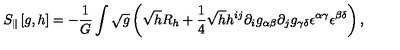
S _ { \| } \left[ g , h \right] = - { \frac { 1 } { G } } \int \sqrt g \left( \sqrt h R _ { h } + { \frac { 1 } { 4 } } \sqrt h h ^ { i j } \partial _ { i } g _ { \alpha \beta } \partial _ { j } g _ { \gamma \delta } { \epsilon } ^ { \alpha \gamma } { \epsilon } ^ { \beta \delta } \right) ,